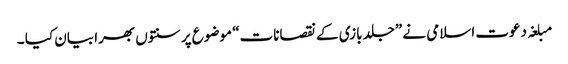
مبلغہ دعوت اسلامی نے ”جلد بازی کے نقصانات“ موضوع پر سنتوں بھرا بیان کیا ۔